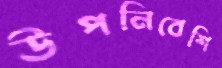
উপনিবেশি